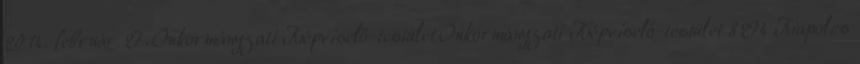
2014. február 27. Önkormányzati Képviselő-testület Önkormányzati Képviselő-testület 8294 Kapolcs